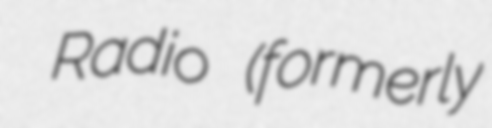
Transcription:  Radio (formerly